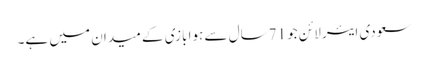
سعودی ایئر لائن جو 71سال سے ہوا بازی کے میدان میں ہے۔